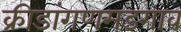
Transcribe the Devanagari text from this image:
क्रीडांगणमडगाव